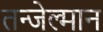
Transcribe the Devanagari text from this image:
तन्जेल्मान